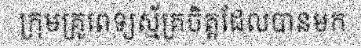
ក្រុមគ្រូពេទ្យស្ម័គ្រចិត្តដែលបានមក